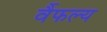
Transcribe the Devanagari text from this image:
र्वैफल्य